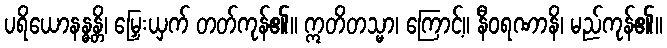
ပရိယောနန္ဓန္တိ၊ မြှေးယှက် တတ်ကုန်၏။ ဣတိတသ္မာ၊ ကြောင့်။ နီဝရဏာနိ၊ မည်ကုန်၏။